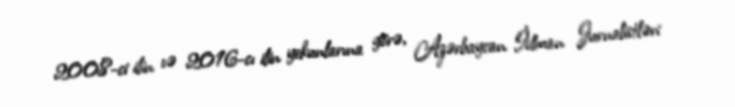
2008-ci ilin və 2016-cı ilin yekunlarına görə, Azərbaycan İdman Jurnalistləri